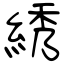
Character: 綉